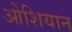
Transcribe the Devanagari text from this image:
ओशियान